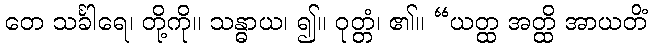
တေ သင်္ခါရေ၊ တို့ကို။ သန္ဓာယ၊ ၍။ ဝုတ္တံ၊ ၏။ “ယတ္ထ အတ္ထိ အာယတိံ